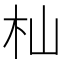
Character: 杣